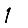
Digit: 1